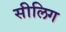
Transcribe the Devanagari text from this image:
सीलिग